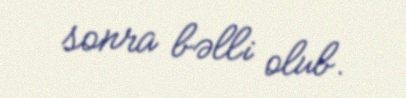
sonra bəlli olub.